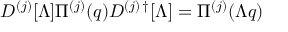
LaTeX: D ^ { ( j ) } [ \Lambda ] \Pi ^ { ( j ) } ( q ) D ^ { ( j ) \, \dagger } [ \Lambda ] = \Pi ^ { ( j ) } ( \Lambda q )